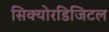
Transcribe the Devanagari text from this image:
सिक्योरडिजिटल